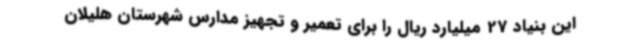
این بنیاد 27 میلیارد ریال را برای تعمیر و تجهیز مدارس شهرستان هلیلان